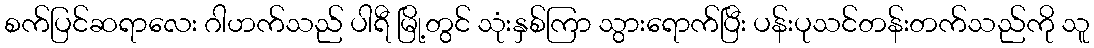
စက်ပြင်ဆရာလေး ဂါဟက်သည် ပါရီ မြို့တွင် သုံးနှစ်ကြာ သွားရောက်ပြီး ပန်းပုသင်တန်းတက်သည်ကို သူ